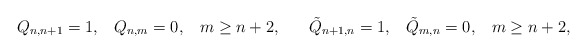
\begin{align*}Q_{n,n+1}=1,\;\;\;Q_{n,m}=0,\;\;\;m\geq n+2,\;\;\;\;\;\;\tilde{Q}_{n+1,n}=1,\;\;\;\tilde{Q}_{m,n}=0,\;\;\;m\geq n+2,\end{align*}